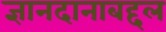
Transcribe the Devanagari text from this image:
ज्ञानदानाबद्दल